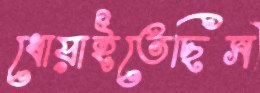
ধোয়াইতেছিস